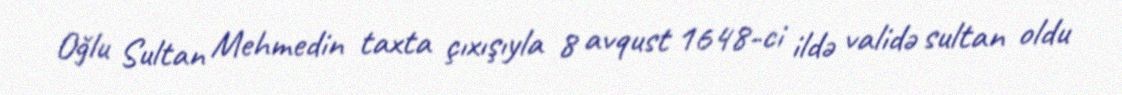
Oğlu Sultan Mehmedin taxta çıxışıyla 8 avqust 1648-ci ildə validə sultan oldu